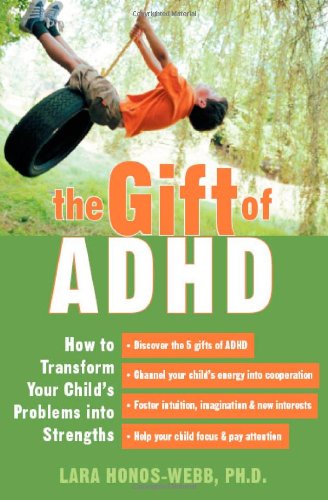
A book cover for The Gift of ADHD: How to Transform Your Child's Problems Into Strengths; Lara Honos-Webb; Parenting & Relationships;